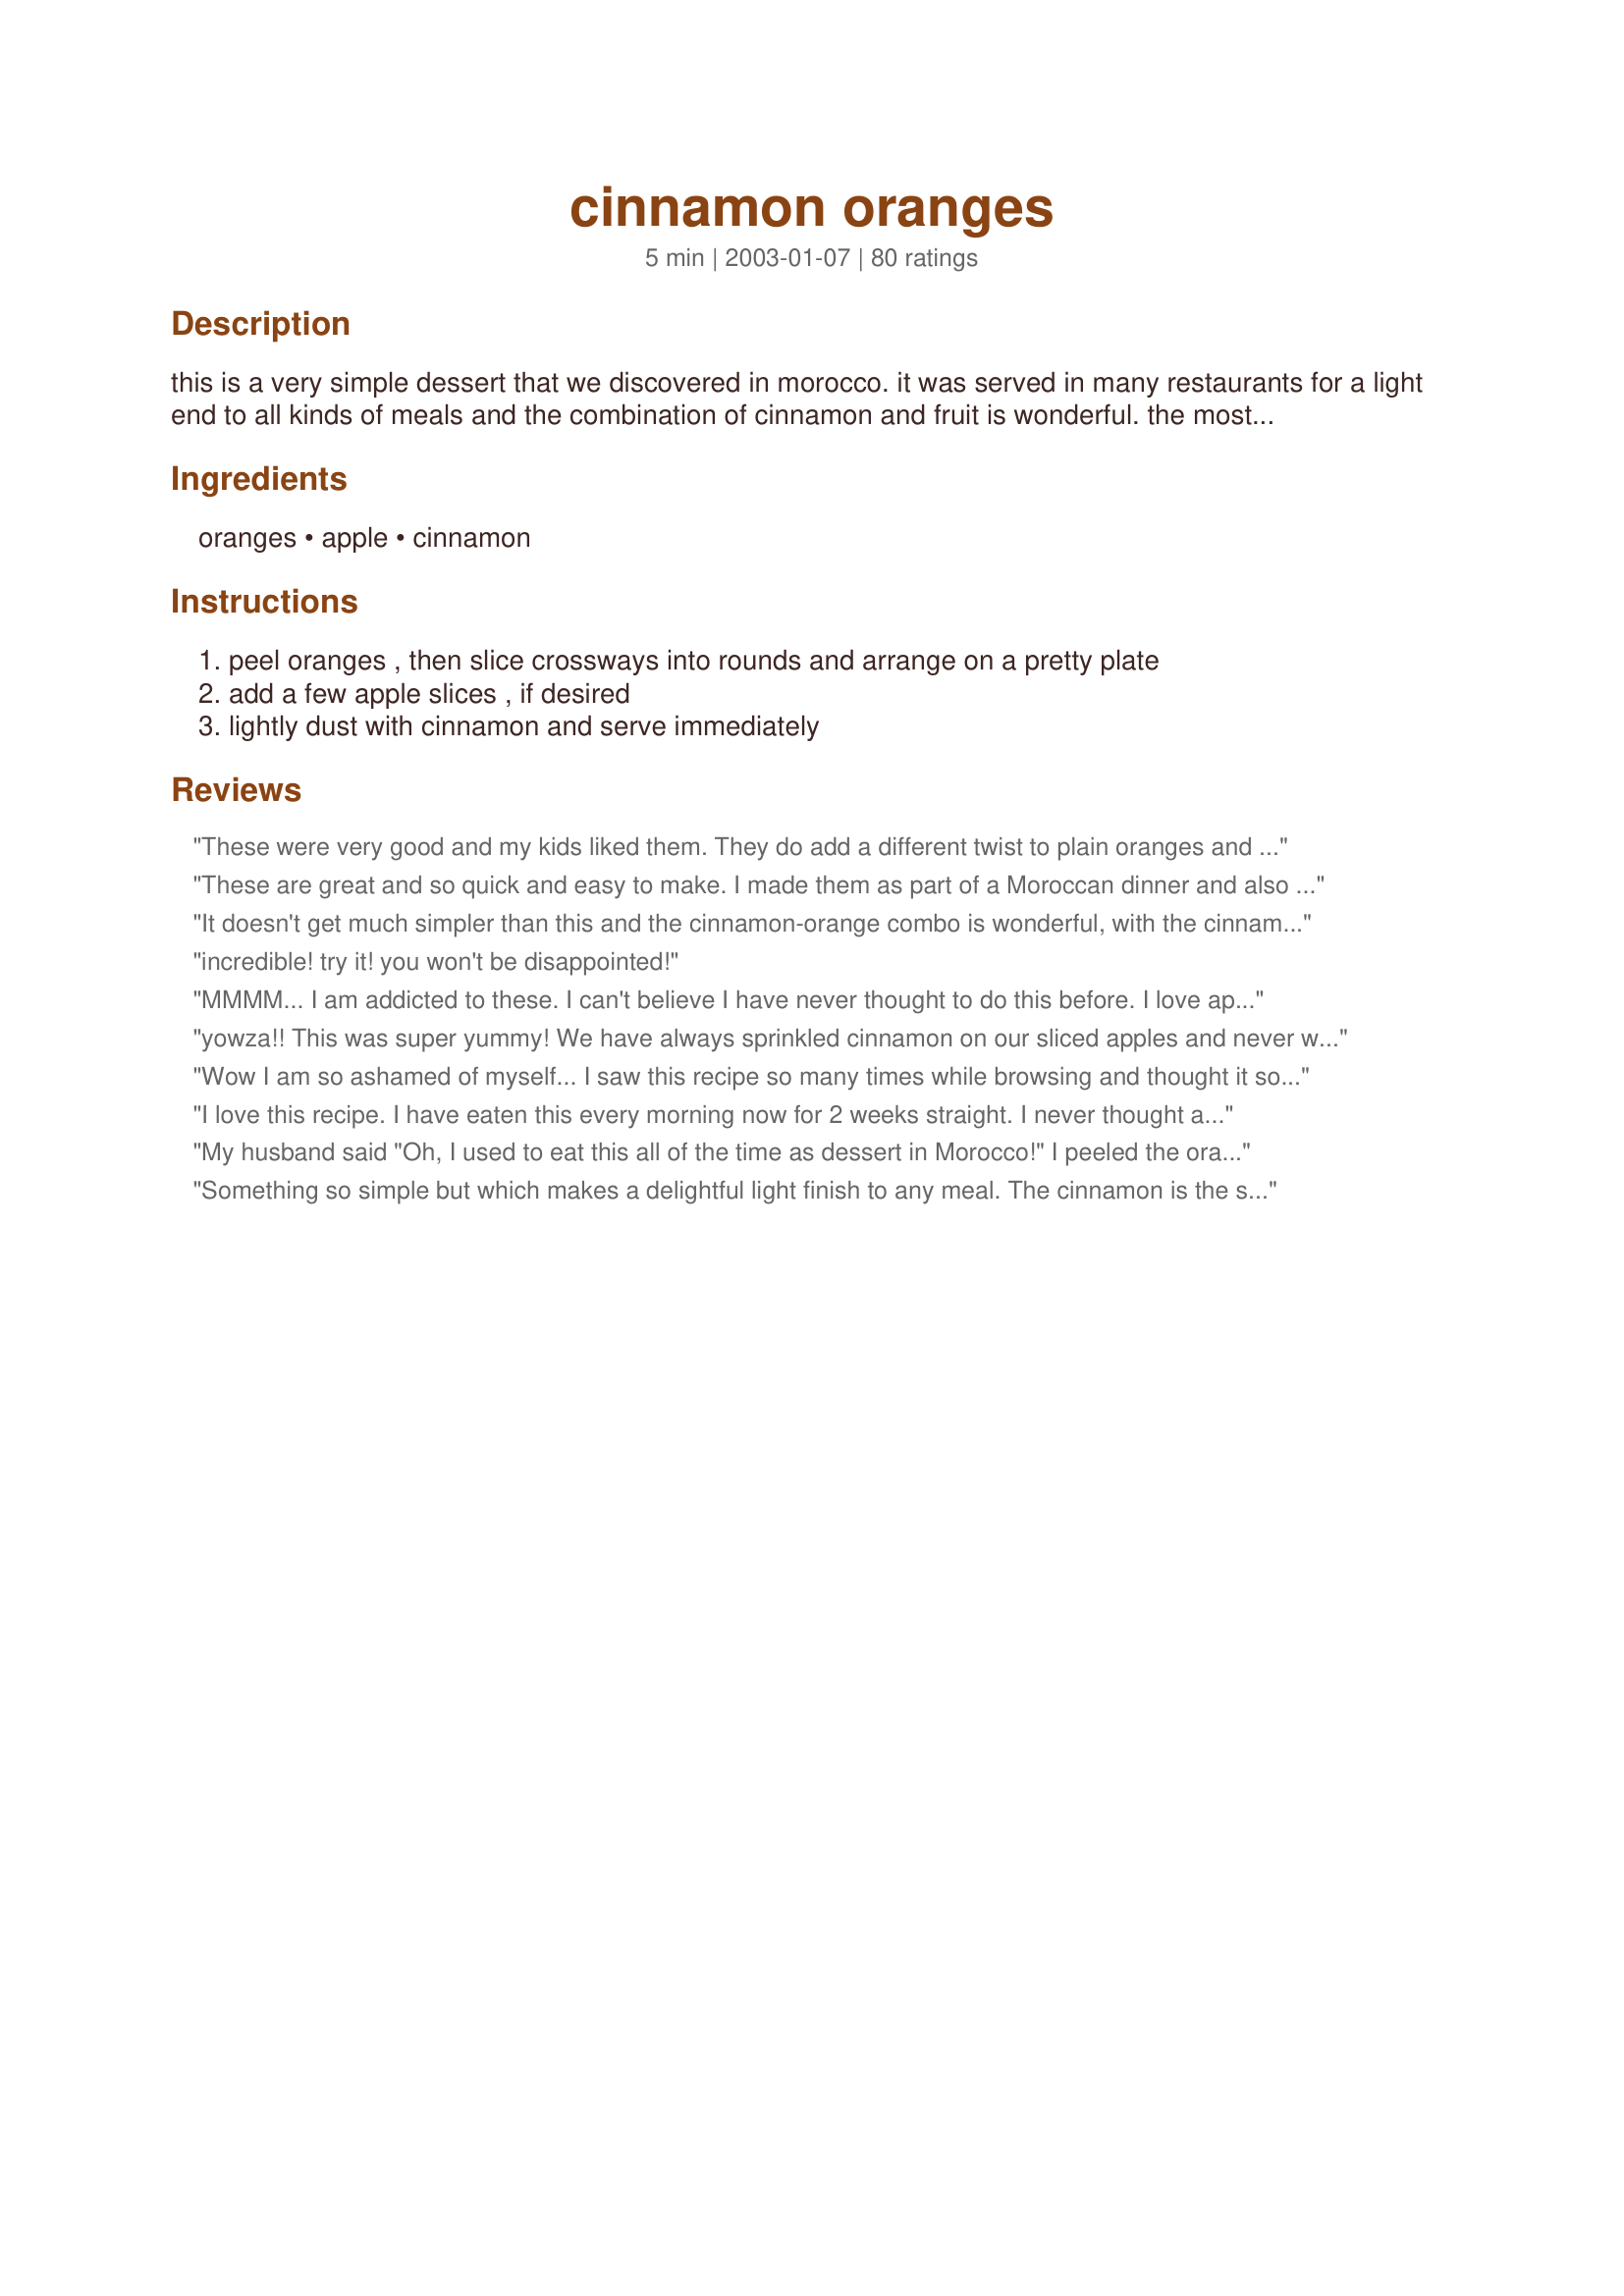
cinnamon oranges
Preparation time: 5 minutes

this is a very simple dessert that we discovered in morocco. it was served in many restaurants for a light end to all kinds of meals and the combination of cinnamon and fruit is wonderful. the most important thing is to find lovely, sweet and juicy oranges. if you use pale, tasteless ones this recipe won't work at all.

Ingredients:
oranges, apple, cinnamon

Steps:
peel oranges , then slice crossways into rounds and arrange on a pretty plate, add a few apple slices , if desired, lightly dust with cinnamon and serve immediately

Reviews:
These were very good and my kids liked them. They do add a different twist to plain oranges and apples.
These are great and so quick and easy to make. I made them as part of a Moroccan dinner and also had fresh dates and pistachios on the plater. Not only did it look beautiful, the taste of these oranges is wonderful. This will be a quick snack or dessert in this household from now on! Thanks Sackville Girl.
It doesn't get much simpler than this and the cinnamon-orange combo is wonderful, with the cinnamon bringing out the orange's natural sweetness. Pays to have a light touch with the cinnamon.
incredible! try it! you won't be disappointed!
MMMM... I am addicted to these. I can't believe I have never thought to do this before. I love apples with cinnamon sprinkled on them,but have never tried oranges this way. Thank you for the keeper recipe! They are truly delicious! Plus best of all they are GLUTEN FREE!
yowza!! This was super yummy! We have always sprinkled cinnamon on our sliced apples and never would have though to do it to oranges too! Delish!!
Wow I am so ashamed of myself... I saw this recipe so many times while browsing and thought it sounded both weird and pointless. But I finally got curious and tried it and WOW it is tremendously good!!!!! I tried eating an orange without cinnamon today and I just can't do it anymore!
I love this recipe. I have eaten this every morning now for 2 weeks straight. I never thought a peeled orange made a good breakfast food, but when you slice it and add the cinnamon it is perfect.
My husband said "Oh, I used to eat this all of the time as dessert in Morocco!" I peeled the oranges, getting off all of the white pith, then sliced them as thinly as I could with a razor sharp knife, which gave me enough slices to cover a dessert plate with a rose window pattern out of one orange each. A super simple, super good idea for a light dessert, or anytime snack. I used Penzey's China Cassia cinnamon and it was a real treat. This one will find its way back on the table over and over again!
Something so simple but which makes a delightful light finish to any meal. The cinnamon is the star :) This was made for me by the Chef herself (and husband)whilst staying with us for a couple of days during their New Zealand leg of their round the world on bicycles tour. Thanks so much for this easy "keeper" and Happy Happy Travels :)
I overlooked this recipe for a while like others who reviewed these oranges. I finally tried to have with our meatless Monday dinner. They are really good and the cinnamon gives the oranges a different twist.
OK, the thing I thing you should definitely add to this recipe is honey. I do it a alot at home and the juice of the orange with the honey and cinnamom is just delicious. Simply, before sprinkling with cinnamon, pour a couple of teaspoons of honey over the oranges (and apple if you wish).
Beautiful, next time I would serve them with mint springs for the look and taste. I just used oranges and a fresh ground cinnamon. Remember to wash the oranges before slicing. We had this as a late night snack along with other fruit. I will make this again for breakfast too.
Simple and sweet! When I needed to bring in a Moroccan dessert to an event, I was nervous. Then I found this! Easiest dessert I even "made" and it was well received...especially since everything else there was syrupy rich and sweet.
My son loves this combination, and often has it for breakfast. So simple, but it's a very nice way to make fruit more special. Thank you, I wouldn't have thought of it myself.
This is really wonderful - the tastes blend together wonderfully. But the quality of both the cinnamon and oranges matter considerably.
The cinnamon really highlights the oranges and brings out the natural sweetness of the orange. I served this a part of our breakfast this morning. Thank you for posting.
Wonderful taste and incredibly easy. We ate these without the apples. I used navel oranges and a light touch of cinnamon. There was extra cinnamon on the table for those that wanted more. All was gobbled up. A very nice, light dessert. Thanks.
It is amazing how something so simple can enhance an already lovely food. I used very sweet clementines (my oranges were very blah) and this was wonderful. Even the kids, who often refuse to eat anything that contains what they consider to be spice, were fighting over these. Very wonderful and something we will make over and over.
What a nice way to dress up oranges! Absolutely delicious! I made this for A Garden Party in the Diabetic Forum then again at work for my consumers. Not sure how many oranges I'd have to prepare to have 'enough'. Very addicting. I'm not sure if anyone else in my family even got a chance.... ;) Great for a buffet or summer dessert. Thank you!
Great for when you're dieting and need something to stop the rumbling in your stomach. Great taste and low calories too.
I am an orange lover; I usually eat 2 everyday.
I just learned a new way of enjoying them; thanks for sharing.
Yummy little pick me up snack! I never thought to do something this easy before! I used reg oranges and pink lady apples. Thanks for the healthy snack idea!
Love this, been making it for years!!
A new staple! i find cutting the discs in half easier to eat. THANKS
How can something so simple be so great? I love it!
Thanks Sackville Girl! Not only were these pretty & sweet but a great compliment to an otherwise salty appitizer tray. Will use again and again!
I'm no fan of cinnamon, but this was irresistable! I was leary so I put just a tiny sprinkle on. It was amazing - next time I'll add the full dose!
I saw this awhile back and was like no way would I eat that. Was about to eat an orange and remembered. So I tried it and was really suprised! It tastes great!!!!
WoW!
great combination and very simple. didnt try it with the apples but i will next time.
I have had apples and cinnamon many times before but for some reason have never thought of orange and cimmanon. This is great! My orange was nice and flavourful and sweet which I can see why it is important. Thanks for the quick healthy idea Sackville!!
Superb! I actually used it as a base for Recipe #218364 which called for peeled oranges and endive which i didn't have. This balanced the flavors beautifully and at the end was a refreshing palate cleanser. Will make again often
Absolutely delicious! I never would have thought that the taste of oranges would go so well with cinnamon but it is a delicious combination that I now can't get enough of!
I tried this with Valencia oranges, which are very sweet & juicy. It wasn't bad, but personally I just like the taste of oranges without the cinnamon.
I am trying to cut the amount of refined sugar I eat, which is so hard because I love sweets. After dinner one night I was craving something sweet, I remembered reading this recipe, so I thought I'd give it a try....it was the prefect dessert! So simple it's ridiculous! Thank you for a great recipe!
We really liked this combo. How fantastic, the cinnamon really compliments the fruit. As a WWatcher I love the fact that it gives me another way to eat my fruit, and mix it up a bit. Thanx for posting.
While I wouldn't care for as much cinnamon as the photo shows, it's easy to make this just the way you like it. No wonder everyone likes this. It's wonderfully simple and simply wonderful.
What a beautiful combo! The flavors complimented eachother perfectly I would have never thought of this. Considering the health benefits of cinnamon this is a great way to get it in your diet!
This is one of my favorite ways to eat oranges. I also love it with grapefruit. We eat it for lazy brunch days with pancakes or french toast.
Oh this was good, and so very simple!
A really nice refreshing dessert, thanks for posting!
Too easy and really tasty. Who knew what a little cinnamon could do for an orange??
I LOVE this! Not only does it smell wonderful but it tastes wonderful too and it's so healthy =0) I would never have thought of doing this as I always associate cinnamon w/apples not oranges. This has become a favorite snack of mine and esp. for the workplace. since I keep a bottle of cinnamon in my desk drawer already (coffee, apples, etc.) all I have to do is bring an orange and pull out my cinnamon and it makes my office smell so fragrant and I feel very clever for eating such a healthy, yummy, no-guilt snack/dessert =0) Thanks for posting!!!
Very tasty for such a simple recipe!
Who knew? I have long loved the combination of cinnamon and oranges, but who knew that cinnamon would pair so well with oranges. I used both navel oranges and apples with a generous amount of fresh ground spice. Sprinkled some dates on the plate and voila a light and tasty dessert to end a Moroccan meal. Thanks Sackvill Girl!
Only joined the site yesterday but already my taste buds are exploding with new tastes. I find another one here. 

This was amazing! So simple and refreshing. I didn't use the apple but will try it next time around. I love cinnamon but never had it with oranges before. Delightful! I'll being doing this again and again.

Thanks Sackville Girl.
This were definetly different...my kids weren't overly impressed by them though...still a healthy snack when you are looking for something a bit different.
Ooh WOW! These are crazy good! I love cinnamon and I love oranges!! But who would have thought that they would be even better together?! Hehe, I guess the Moroccans did! This is a great, GREAT! tasting, quick and easy snack!
What a wonderful idea! This is SO unique! We are getting some lovely oranges right now and this is a wonderful and new (for me) way to use them.
I discovered an apple-less version of this in college. We also sprinkled a tiny bit of sugar with the cinnamon. It sounds strange, but it's so good!
the best recipe i've found on zaar !! and of course the simplest.. oranges are my favorite fruit, and i had never thought to put anything on them. this is a perfect pairing. i've been eating these with juicy tangerines, cut into small slices. i have several of these every day now.. thanks so much for the idea
What a great and easy way to add a little extra "something" to oranges! I had this for a snack earlier and I loved it. I will definitely be recommending this to my Mom and Dad, who both love oranges. Thanks for sharing this simple and amazing recipe!
It tasted good, and it was a nice change from eating regular oranges.
My kids gobbled these up! I had no idea the cinnamon and oranges would smell so good together-this is a delicious easy snack. Thanks!
Such a perfect ending to a Moroccan meal. The light touch with the cinnamon is imperative.
This is so amazing but only if you use a super sweet orange. I've used not-so-sweet oranges with not-so-yummy results. Great afternoon pick me up!
Wonderful, light snack. DW loved it SG. I am afraid to serve it to my GD's. I won't be able to keep an orange in the house. Thank You for posting it.
jim
fresh, healthy, and tasty!
Great combination of flavours, so simple to make, and so refreshing: thank you for sharing this wonderful recipe! I used navel oranges and a Granny Smith apple (unpeeled). I'll be making this frequently during the coming summer months, and not always for eating immediately. It will be great for breakfasts and lunches, topped with a generous dollop of Greek yoghurt!
Real easy and quite tasty. Tangelos looked better than oranges so I used them along with an apple. If I had to pick one, I think the cinnamon went best with the oranges. Thanks!
I'd give this more than 5 stars if I could. I brought this to my parent's house as the healthy dessert to go with a fancy meal. It was a nice sweet but light ending to the desert. I used blood oranges and granny smith apples. The sweet and sour combo was really nice as well.
This is amazing! Everyone thought that I had sprinkled sugar on the oranges because they tasted so sweet but it was the cinnamon that brought out the extra juicy sweetness. Although simple, they have a bit of sophistication about them and looked so elegant on my cream china, everyone was impressed even though it was soooo easy!!
I waited till I had some nice, sweet oranges & pulled this recipe out of my cookbook. These are a very nice taste treat & couldn't be any simpler to prepare.
i'm not really a big fan of oranges but with cinnamon on it makes them so delicious!
Delicious and simple. Like the other reviewers said, they were surprisingly sweet without any sugar! Thanks, I'll make this often.
This is the greatest idea anyone has ever had.
Thanks for posting
Wow is right. So simple but it felt so sinful. What a way to indulge without spoiling my New Year's resolution. Thanks for posting this delicious dessert.
Awesome
WOW! I really love these cinnamon oranges. It's important to powder the cinnamon very fine in a mixer for this recipe. We(dad and me) had this at lunch this afternoon for dessert. I used Navel oranges, came out very sweet and "addictive" to be honest. The combo of cinnamon with these oranges went very well. Easy to fix, eggless, healthy and tasty - it's got everything you need and look for in a recipe - EXCELLENT DISCOVERY, Friedel;)!
A different twist on eating fresh fruit. I liked it, but I'm not sure I'll try it again. I just like the taste of plain oranges better. Thanks for the idea!
What a treat. I made this to go along with some Turkish kabobs and it was a refreshing taste. DD, however wasn't a fan (hence the 4 star rating), but DS and I loved it. I will continue to add this to our meals when making certain foods that could use the palate cleanser. Thank youf or sharing with us .
Excellent... my DH said is this dessert? I told him he could still have ice cream... the plate of oranges disappeared so fast and next thing he said is, I don't know if I want ice cream. So easy!
This was an unexpectedly delightful combination. For myself after lunch today, I only fixed one organic valencia orange with the cinnamon...I sliced it as directed, leaving the peel on but ended up quartering each slice to a bite size piece. I will definitely keep this in mind for a light after dinner dessert. Thank you!
Absolutely wonderful. Once orange season begins, we have this 3 to 4 days a week! This is great!
I can't believe how good this is! I never would have thought about sprinkling cinnamon on oranges and I will be doing that a lot now. Keep it simple, right? Made for February Sun and Spice. Thanks Sackville! :)
So simple, yet very good flavors! Next time I want to use blood oranges (there weren't any available this week end) I used the apples also..love orange, apple and cinnamon flavors!
Thank you!
Nice easy afternoon snack. Enjoyed the flavors together. Thanks for posting!
This dish is delicious and ridiculously easy! It can be as simple as sprinkling cinnamon on a bowl of fruit, or it can be presented as an elegant dessert.
Never tried this until I saw the recipe here. I was not sure about this but wanted a healthier treat. I was very surprised! Really nice tasty treat. I love how you don't need sugar! Thanks for the idea and a great simple recipe!
I've had this for breakfast several times now and it's such an easy way to get the added benefits of cinnamon in ones diet. I used on navel oranges and really liked the depth of flavor the cinnamon added. Thanks for posting Sackville. It's a keeper.
